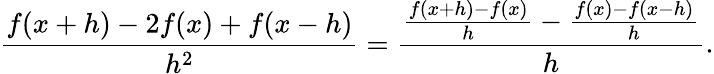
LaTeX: {\frac{f(x+h)-2f(x)+f(x-h)}{h^{2}}}={\frac{{\frac{f(x+h)-f(x)}{h}}-{\frac{f(x)-f(x-h)}{h}}}{h}}.